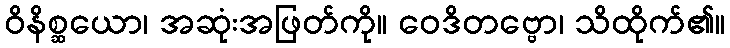
ဝိနိစ္ဆယော၊ အဆုံးအဖြတ်ကို။ ဝေဒိတဗ္ဗော၊ သိထိုက်၏။